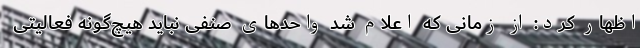
اظهار کرد: از زمانی که اعلام شد واحدهای صنفی نباید هیچ‌گونه فعالیتی